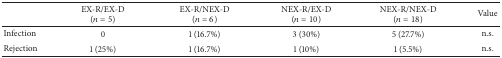
<table><thead><tr><td><b> </b></td><td><b>EX-R/EX-D(<i>n</i> = 5)</b></td><td><b>EX-R/NEX-D(<i>n</i> = 6)</b></td><td><b>NEX-R/EX-D(<i>n</i> = 10)</b></td><td><b>NEX-R/NEX-D(<i>n</i> = 18)</b></td><td><b>Value</b></td></tr></thead><tbody><tr><td>Infection</td><td>0 </td><td>1 (16.7%)</td><td>3 (30%)</td><td>5 (27.7%)</td><td>n.s.</td></tr><tr><td>Rejection </td><td>1 (25%)</td><td>1 (16.7%)</td><td>1 (10%)</td><td>1 (5.5%)</td><td>n.s.</td></tr></tbody></table>